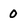
Character: 0